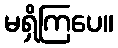
မရှိကြပေ။